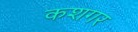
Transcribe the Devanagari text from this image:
कशगर